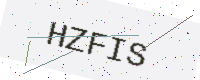
Text: HZFIS